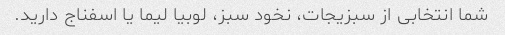
شما انتخابی از سبزیجات، نخود سبز، لوبیا لیما یا اسفناج دارید.